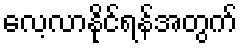
လေ့လာနိုင်ရန်အတွက်